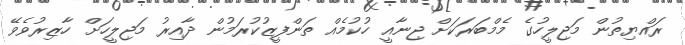
ރައްޔިތުން މަޖިލީހުގެ މެމްބަރަކަށް ޖިނާއީ ހުކުމެއް ތަންފީޒުކުރަމުން ދާއިރު މަޖިލީހަށް ހާޒިރުވެވޭ